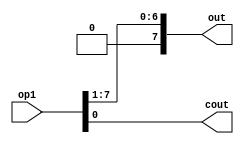
module MY_DIV2(op1, out, cout);
    input[7:0] op1;
    output[7:0] out;
    output cout;
    
    assign cout = op1[0];
    assign out = op1 >>> 1;

endmodule